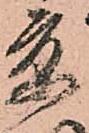
京